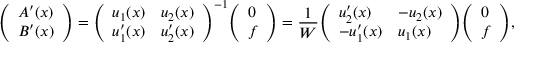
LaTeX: { \left( \begin{array} { l } { A ^ { \prime } ( x ) } \\ { B ^ { \prime } ( x ) } \end{array} \right) } = { \left( \begin{array} { l l } { u _ { 1 } ( x ) } & { u _ { 2 } ( x ) } \\ { u _ { 1 } ^ { \prime } ( x ) } & { u _ { 2 } ^ { \prime } ( x ) } \end{array} \right) } ^ { - 1 } { \left( \begin{array} { l } { 0 } \\ { f } \end{array} \right) } = { \frac { 1 } { W } } { \left( \begin{array} { l l } { u _ { 2 } ^ { \prime } ( x ) } & { - u _ { 2 } ( x ) } \\ { - u _ { 1 } ^ { \prime } ( x ) } & { u _ { 1 } ( x ) } \end{array} \right) } { \left( \begin{array} { l } { 0 } \\ { f } \end{array} \right) } ,